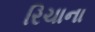
રિચાના